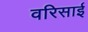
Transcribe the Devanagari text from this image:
वरिसाई